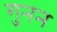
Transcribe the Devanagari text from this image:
गुनन